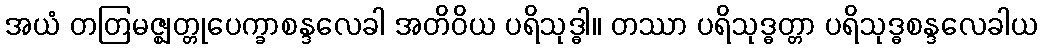
အယံ တတြမဇ္ဈတ္တုပေက္ခာစန္ဒလေခါ အတိဝိယ ပရိသုဒ္ဓါ။ တဿာ ပရိသုဒ္ဓတ္တာ ပရိသုဒ္ဓစန္ဒလေခါယ